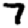
Digit: 7